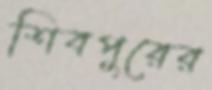
শিবপুরের